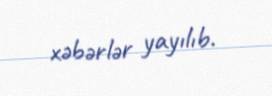
xəbərlər yayılıb.